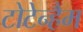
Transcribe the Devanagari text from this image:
टोटेन्हैम